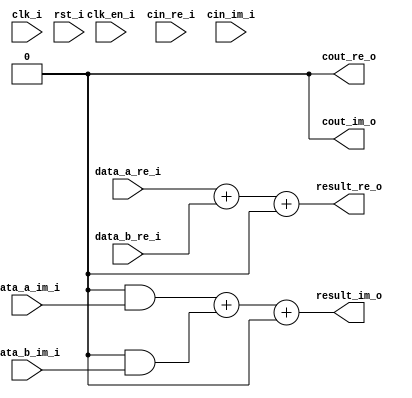
// =============================================================================
// >>>>>>>>>>>>>>>>>>>>>>>>> COPYRIGHT NOTICE <<<<<<<<<<<<<<<<<<<<<<<<<<<<<<<<<<
// -----------------------------------------------------------------------------
//   Copyright (c) 2017 by Lattice Semiconductor Corporation
//   ALL RIGHTS RESERVED 
// -----------------------------------------------------------------------------
//
//   Permission:
//
//      Lattice SG Pte. Ltd. grants permission to use this code
//      pursuant to the terms of the Lattice Reference Design License Agreement. 
//
//
//   Disclaimer:
//
//      This VHDL or Verilog source code is intended as a design reference
//      which illustrates how these types of functions can be implemented.
//      It is the user's responsibility to verify their design for
//      consistency and functionality through the use of formal
//      verification methods.  Lattice provides no warranty
//      regarding the use or functionality of this code.
//
// -----------------------------------------------------------------------------
//
//                  Lattice SG Pte. Ltd.
//                  101 Thomson Road, United Square #07-02 
//                  Singapore 307591
//
//
//                  TEL: 1-800-Lattice (USA and Canada)
//                       +65-6631-2000 (Singapore)
//                       +1-503-268-8001 (other locations)
//
//                  web: http://www.latticesemi.com/
//
// -----------------------------------------------------------------------------
//
// =============================================================================
//                         FILE DETAILS         
// Project               : 
// Title                 : 
// Dependencies          : 
// Description           : A two-input adder that performs signed/unsigned
//                       : addition of the data from inputs DataA and DataB
//                       : with an optional Cin carry input. The output Result
//                       : carries the Sum of the addition operation with an
//                       : optional Cout carry output.
// =============================================================================
//                        REVISION HISTORY
// Version               : 1.1.0.
// Author(s)             : 
// Mod. Date             : 
// Changes Made          : Removed register input option.
// =============================================================================

`ifndef LSCC_ADDER
`define LSCC_ADDER

module lscc_adder #
// -----------------------------------------------------------------------------
// Module Parameters
// -----------------------------------------------------------------------------
(
parameter integer            D_WIDTH   = 16,
parameter                    SIGNED    = "off",
parameter                    USE_CNUM  = 0,
parameter                    USE_CIN   = 0,
parameter                    USE_COUT  = 0,
parameter                    USE_IREG  = "off",
parameter                    USE_OREG  = "off",
parameter integer            PIPELINES = 0,
parameter                    PIPE_4BIT = 1'b0,
parameter                    FAMILY    = "LIFCL"
)
// -----------------------------------------------------------------------------
// Input/Output Ports
// -----------------------------------------------------------------------------
(
input                        clk_i,
input                        clk_en_i,
input                        rst_i,
input [D_WIDTH-1:0]          data_a_re_i,
input [D_WIDTH-1:0]          data_a_im_i,
input [D_WIDTH-1:0]          data_b_re_i,
input [D_WIDTH-1:0]          data_b_im_i,
input                        cin_re_i,
input                        cin_im_i,

output reg [D_WIDTH-1:0]     result_re_o,
output reg [D_WIDTH-1:0]     result_im_o,
output reg                   cout_re_o,
output reg                   cout_im_o
);

// -----------------------------------------------------------------------------
// Local Parameters
// -----------------------------------------------------------------------------
localparam                   CNUM      = (USE_CNUM == 0) ? 1'b0 : 1'b1;
localparam                   CIN       = (USE_CIN  == 0) ? 1'b0 : 1'b1;
localparam                   COUT      = (USE_COUT == 0) ? 1'b0 : 1'b1;
localparam integer           MAX_PIPES = ((D_WIDTH - 1) >> (3 - PIPE_4BIT));
localparam integer           PIPES     = (PIPELINES > MAX_PIPES) ? MAX_PIPES : PIPELINES;
localparam integer           MIN_SFT   = (D_WIDTH/(PIPES + 1));
localparam integer           MIN_SFT_C = (MIN_SFT * (PIPES + 1));
localparam integer           SFT_WDT   = (MIN_SFT + (MIN_SFT_C < D_WIDTH));
localparam integer           PIPE_WDT  = (PIPES * SFT_WDT);
localparam [D_WIDTH-1:0]     I_VAL_0   = {D_WIDTH{1'b0}};

// -----------------------------------------------------------------------------
// Combinatorial/Sequential Registers
// -----------------------------------------------------------------------------
reg [D_WIDTH-1:0]            A_Re;
reg [D_WIDTH-1:0]            B_Re;
reg [D_WIDTH-1:0]            A_Im;
reg [D_WIDTH-1:0]            B_Im;
reg                          Ci_Im;
reg                          Ci_Re;
reg                          Co_Re;
reg                          Co_Im;

// -----------------------------------------------------------------------------
// Wire Declarations
// -----------------------------------------------------------------------------
wire [D_WIDTH-1:0]           ApB_Re;
wire [D_WIDTH-1:0]           ApB_Im;
wire                         A_Re_msb;
wire                         B_Re_msb;
wire                         A_Im_msb;
wire                         B_Im_msb;

wire                         ApB_Re_msb = ApB_Re[D_WIDTH-1];
wire                         ApB_Im_msb = ApB_Im[D_WIDTH-1];
wire                         Co_Re_c    = (COUT & Co_Re);
wire                         Co_Im_c    = (COUT & Co_Im);

// -----------------------------------------------------------------------------
// Combinatorial Blocks
// -----------------------------------------------------------------------------
always @* begin
  if (SIGNED == "on") begin
    case({A_Re_msb, B_Re_msb})
      2'b00: Co_Re =  ApB_Re_msb;
      2'b11: Co_Re = ~ApB_Re_msb;
      2'b01,
      2'b10: Co_Re = 1'b0;
    endcase

    case({A_Im_msb, B_Im_msb})
      2'b00: Co_Im =  ApB_Im_msb;
      2'b11: Co_Im = ~ApB_Im_msb;
      2'b01,
      2'b10: Co_Im = 1'b0;
    endcase
  end
  else begin
    case({A_Re_msb, B_Re_msb})
      2'b00: Co_Re = 1'b0;
      2'b11: Co_Re = 1'b1;
      2'b01,
      2'b10: Co_Re = ~ApB_Re_msb;
    endcase

    case({A_Im_msb, B_Im_msb})
      2'b00: Co_Im = 1'b0;
      2'b11: Co_Im = 1'b1;
      2'b01,
      2'b10: Co_Im = ~ApB_Im_msb;
    endcase
  end
end

// -----------------------------------------------------------------------------
// Generate Combinatorial/Sequential Blocks
// -----------------------------------------------------------------------------
generate
  if(USE_IREG == "on") begin : U_I_REG_ON
    // -----------------
    // Sequential Input
    // -----------------
    always @ (posedge clk_i or posedge rst_i) begin
      if (rst_i) begin
        A_Re  <= I_VAL_0;
        B_Re  <= I_VAL_0;
        A_Im  <= I_VAL_0;
        B_Im  <= I_VAL_0;
        Ci_Im <= 1'b0;
        Ci_Re <= 1'b0;
      end
      else if (clk_en_i) begin
        A_Re  <= data_a_re_i ;
        B_Re  <= data_b_re_i ;
        A_Im  <= ({D_WIDTH {CNUM}} & data_a_im_i);
        B_Im  <= ({D_WIDTH {CNUM}} & data_b_im_i);
        Ci_Im <= (CIN & CNUM & cin_im_i);
        Ci_Re <= (CIN & cin_re_i);
      end
    end
  end  // U_I_REG_ON
  else begin : U_I_REG_OFF
    // --------------------
    // Combinatorial Input
    // --------------------
    always @* begin
      A_Re  = data_a_re_i ;
      B_Re  = data_b_re_i ;
      A_Im  = ({D_WIDTH {CNUM}} & data_a_im_i);
      B_Im  = ({D_WIDTH {CNUM}} & data_b_im_i);
      Ci_Im = (CIN & CNUM & cin_im_i);
      Ci_Re = (CIN & cin_re_i);
    end
  end  // U_I_REG_OFF
endgenerate

generate
  if (PIPES > 0) begin : U_PIPELINES_GT_0
    // -------------------------------------------------------------------------
    // PIPELINED
    // Addition here happens as given below.
    // rst_i: All pipes initialized to All 0's
    // i is 0: Add raw inputs of Shift Width size
    // Add piped inputs of Shift Width size and accumulate with the value
    // from the previous pipe.
    // -------------------------------------------------------------------------
    reg [D_WIDTH-1:0] A_Re_pipe [PIPES-1:0];
    reg [D_WIDTH-1:0] B_Re_pipe [PIPES-1:0];
    reg [D_WIDTH-1:0] A_Im_pipe [PIPES-1:0];
    reg [D_WIDTH-1:0] B_Im_pipe [PIPES-1:0];
    reg [D_WIDTH-1:0] ApB_Re_pipe [PIPES-1:0];
    reg [D_WIDTH-1:0] ApB_Im_pipe [PIPES-1:0];
  
    integer i;
    always @ (posedge clk_i or posedge rst_i) begin
      if (rst_i) begin
        for(i = 0 ; i < PIPES ; i = i + 1) begin
          A_Re_pipe[i]   <= I_VAL_0;
          B_Re_pipe[i]   <= I_VAL_0;
          A_Im_pipe[i]   <= I_VAL_0;
          B_Im_pipe[i]   <= I_VAL_0;
          ApB_Re_pipe[i] <= I_VAL_0;
          ApB_Im_pipe[i] <= I_VAL_0;
        end
      end
      else begin
        for (i = 0 ; i < PIPES ; i = i + 1) begin
          if (i == 0) begin
            A_Re_pipe[0] <= A_Re;
            B_Re_pipe[0] <= B_Re;
            A_Im_pipe[0] <= A_Im;
            B_Im_pipe[0] <= B_Im;
          end
          else begin
            A_Re_pipe[i] <= A_Re_pipe[i-1];
            B_Re_pipe[i] <= B_Re_pipe[i-1];
            A_Im_pipe[i] <= A_Im_pipe[i-1];
            B_Im_pipe[i] <= B_Im_pipe[i-1];
          end
  
          if (i == 0) begin
            ApB_Re_pipe[0] <= ( A_Re[SFT_WDT-1:0] +
                                B_Re[SFT_WDT-1:0] +
                               Ci_Re             );
            ApB_Im_pipe[0] <= ( A_Im[SFT_WDT-1:0] +
                                B_Im[SFT_WDT-1:0] +
                               Ci_Im             );
          end
          else begin
            ApB_Re_pipe[i] <= {ApB_Re_pipe[i-1]                         +
                               ((A_Re_pipe[i-1][(i*SFT_WDT) +: SFT_WDT] +
                                 B_Re_pipe[i-1][(i*SFT_WDT) +: SFT_WDT]
                                ) << (i*SFT_WDT))
                              };
            ApB_Im_pipe[i] <= {ApB_Im_pipe[i-1]                         +
                               ((A_Im_pipe[i-1][(i*SFT_WDT) +: SFT_WDT] +
                                 B_Im_pipe[i-1][(i*SFT_WDT) +: SFT_WDT]
                                ) << (i*SFT_WDT))
                              };
          end
        end
      end
    end
  
    assign A_Re_msb = A_Re_pipe[PIPES-1][D_WIDTH-1];
    assign B_Re_msb = B_Re_pipe[PIPES-1][D_WIDTH-1];
    assign A_Im_msb = A_Im_pipe[PIPES-1][D_WIDTH-1];
    assign B_Im_msb = B_Im_pipe[PIPES-1][D_WIDTH-1];
  
    assign ApB_Re   = {ApB_Re_pipe[PIPES-1]                   +
                       ((A_Re_pipe[PIPES-1][D_WIDTH-1:PIPE_WDT] +
                         B_Re_pipe[PIPES-1][D_WIDTH-1:PIPE_WDT]
                        ) << PIPE_WDT)
                      };
    assign ApB_Im   = {ApB_Im_pipe[PIPES-1]                   +
                       ((A_Im_pipe[PIPES-1][D_WIDTH-1:PIPE_WDT] +
                         B_Im_pipe[PIPES-1][D_WIDTH-1:PIPE_WDT]
                        ) << PIPE_WDT)
                      };
  end  // U_PIPELINES_GT_0
  else begin : U_PIPELINES_EQ_0
    // --------------
    // Combinatorial
    // --------------
    assign A_Re_msb = A_Re[D_WIDTH-1];
    assign B_Re_msb = B_Re[D_WIDTH-1];
    assign A_Im_msb = A_Im[D_WIDTH-1];
    assign B_Im_msb = B_Im[D_WIDTH-1];
  
    assign ApB_Re = {A_Re + B_Re + Ci_Re};
    assign ApB_Im = {A_Im + B_Im + Ci_Im};

  end  // U_PIPELINES_EQ_0
endgenerate

generate
  if (USE_OREG == "on") begin : U_O_REG_ON
    // ------------------
    // Sequential Output
    // ------------------
    always @ (posedge clk_i or posedge rst_i) begin
      if (rst_i) begin
        result_re_o <= I_VAL_0;
        result_im_o <= I_VAL_0;
        cout_re_o   <= 1'b0;
        cout_im_o   <= 1'b0;
      end
      else if (clk_en_i) begin
        result_re_o <= ApB_Re;
        result_im_o <= ApB_Im;
        cout_re_o   <=  Co_Re_c;
        cout_im_o   <=  Co_Im_c;
      end
    end
  end  // U_O_REG_ON
  else begin : U_O_REG_OFF
    // ---------------------
    // Combinatorial Output
    // ---------------------
    always @* begin
      result_re_o = ApB_Re;
      result_im_o = ApB_Im;
      cout_re_o   =  Co_Re_c;
      cout_im_o   =  Co_Im_c;
    end
  end  // U_O_REG_OFF
endgenerate

endmodule
//=============================================================================
// lscc_adder.v
//=============================================================================
`endif